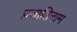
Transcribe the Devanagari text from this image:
प्रजातिनाम